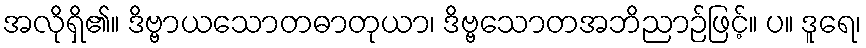
အလိုရှိ၏။ ဒိဗ္ဗာယသောတဓာတုယာ၊ ဒိဗ္ဗသောတအဘိညာဉ်ဖြင့်။ ပ။ ဒူရေ၊